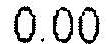
0.00